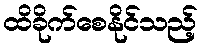
ထိခိုက်စေနိုင်သည့်